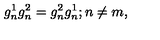
g _ { n } ^ { 1 } g _ { n } ^ { 2 } = g _ { n } ^ { 2 } g _ { n } ^ { 1 } ; n \neq m ,